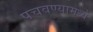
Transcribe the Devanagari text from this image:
पचवण्यामध्ये